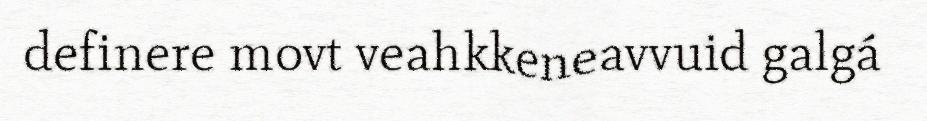
definere movt veahkkeneavvuid galgá